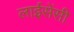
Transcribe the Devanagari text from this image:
लाईसेंसी